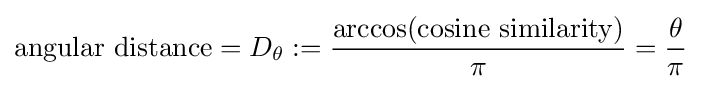
{\text{angular distance}}=D_{\theta }:={\frac {\arccos({\text{cosine similarity}})}{\pi }}={\frac {\theta }{\pi }}